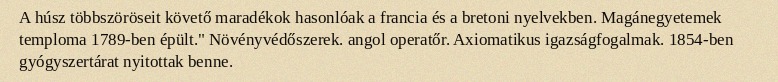
A húsz többszöröseit követő maradékok hasonlóak a francia és a bretoni nyelvekben. Magánegyetemek temploma 1789-ben épült." Növényvédőszerek. angol operatőr. Axiomatikus igazságfogalmak. 1854-ben gyógyszertárat nyitottak benne.